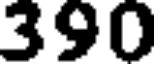
390